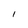
Character: l